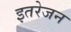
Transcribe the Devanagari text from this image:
इतरेजन